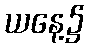
ယနေ့၌